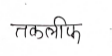
मजकूर: तकलीफ